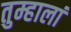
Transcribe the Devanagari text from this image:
तुम्हालां